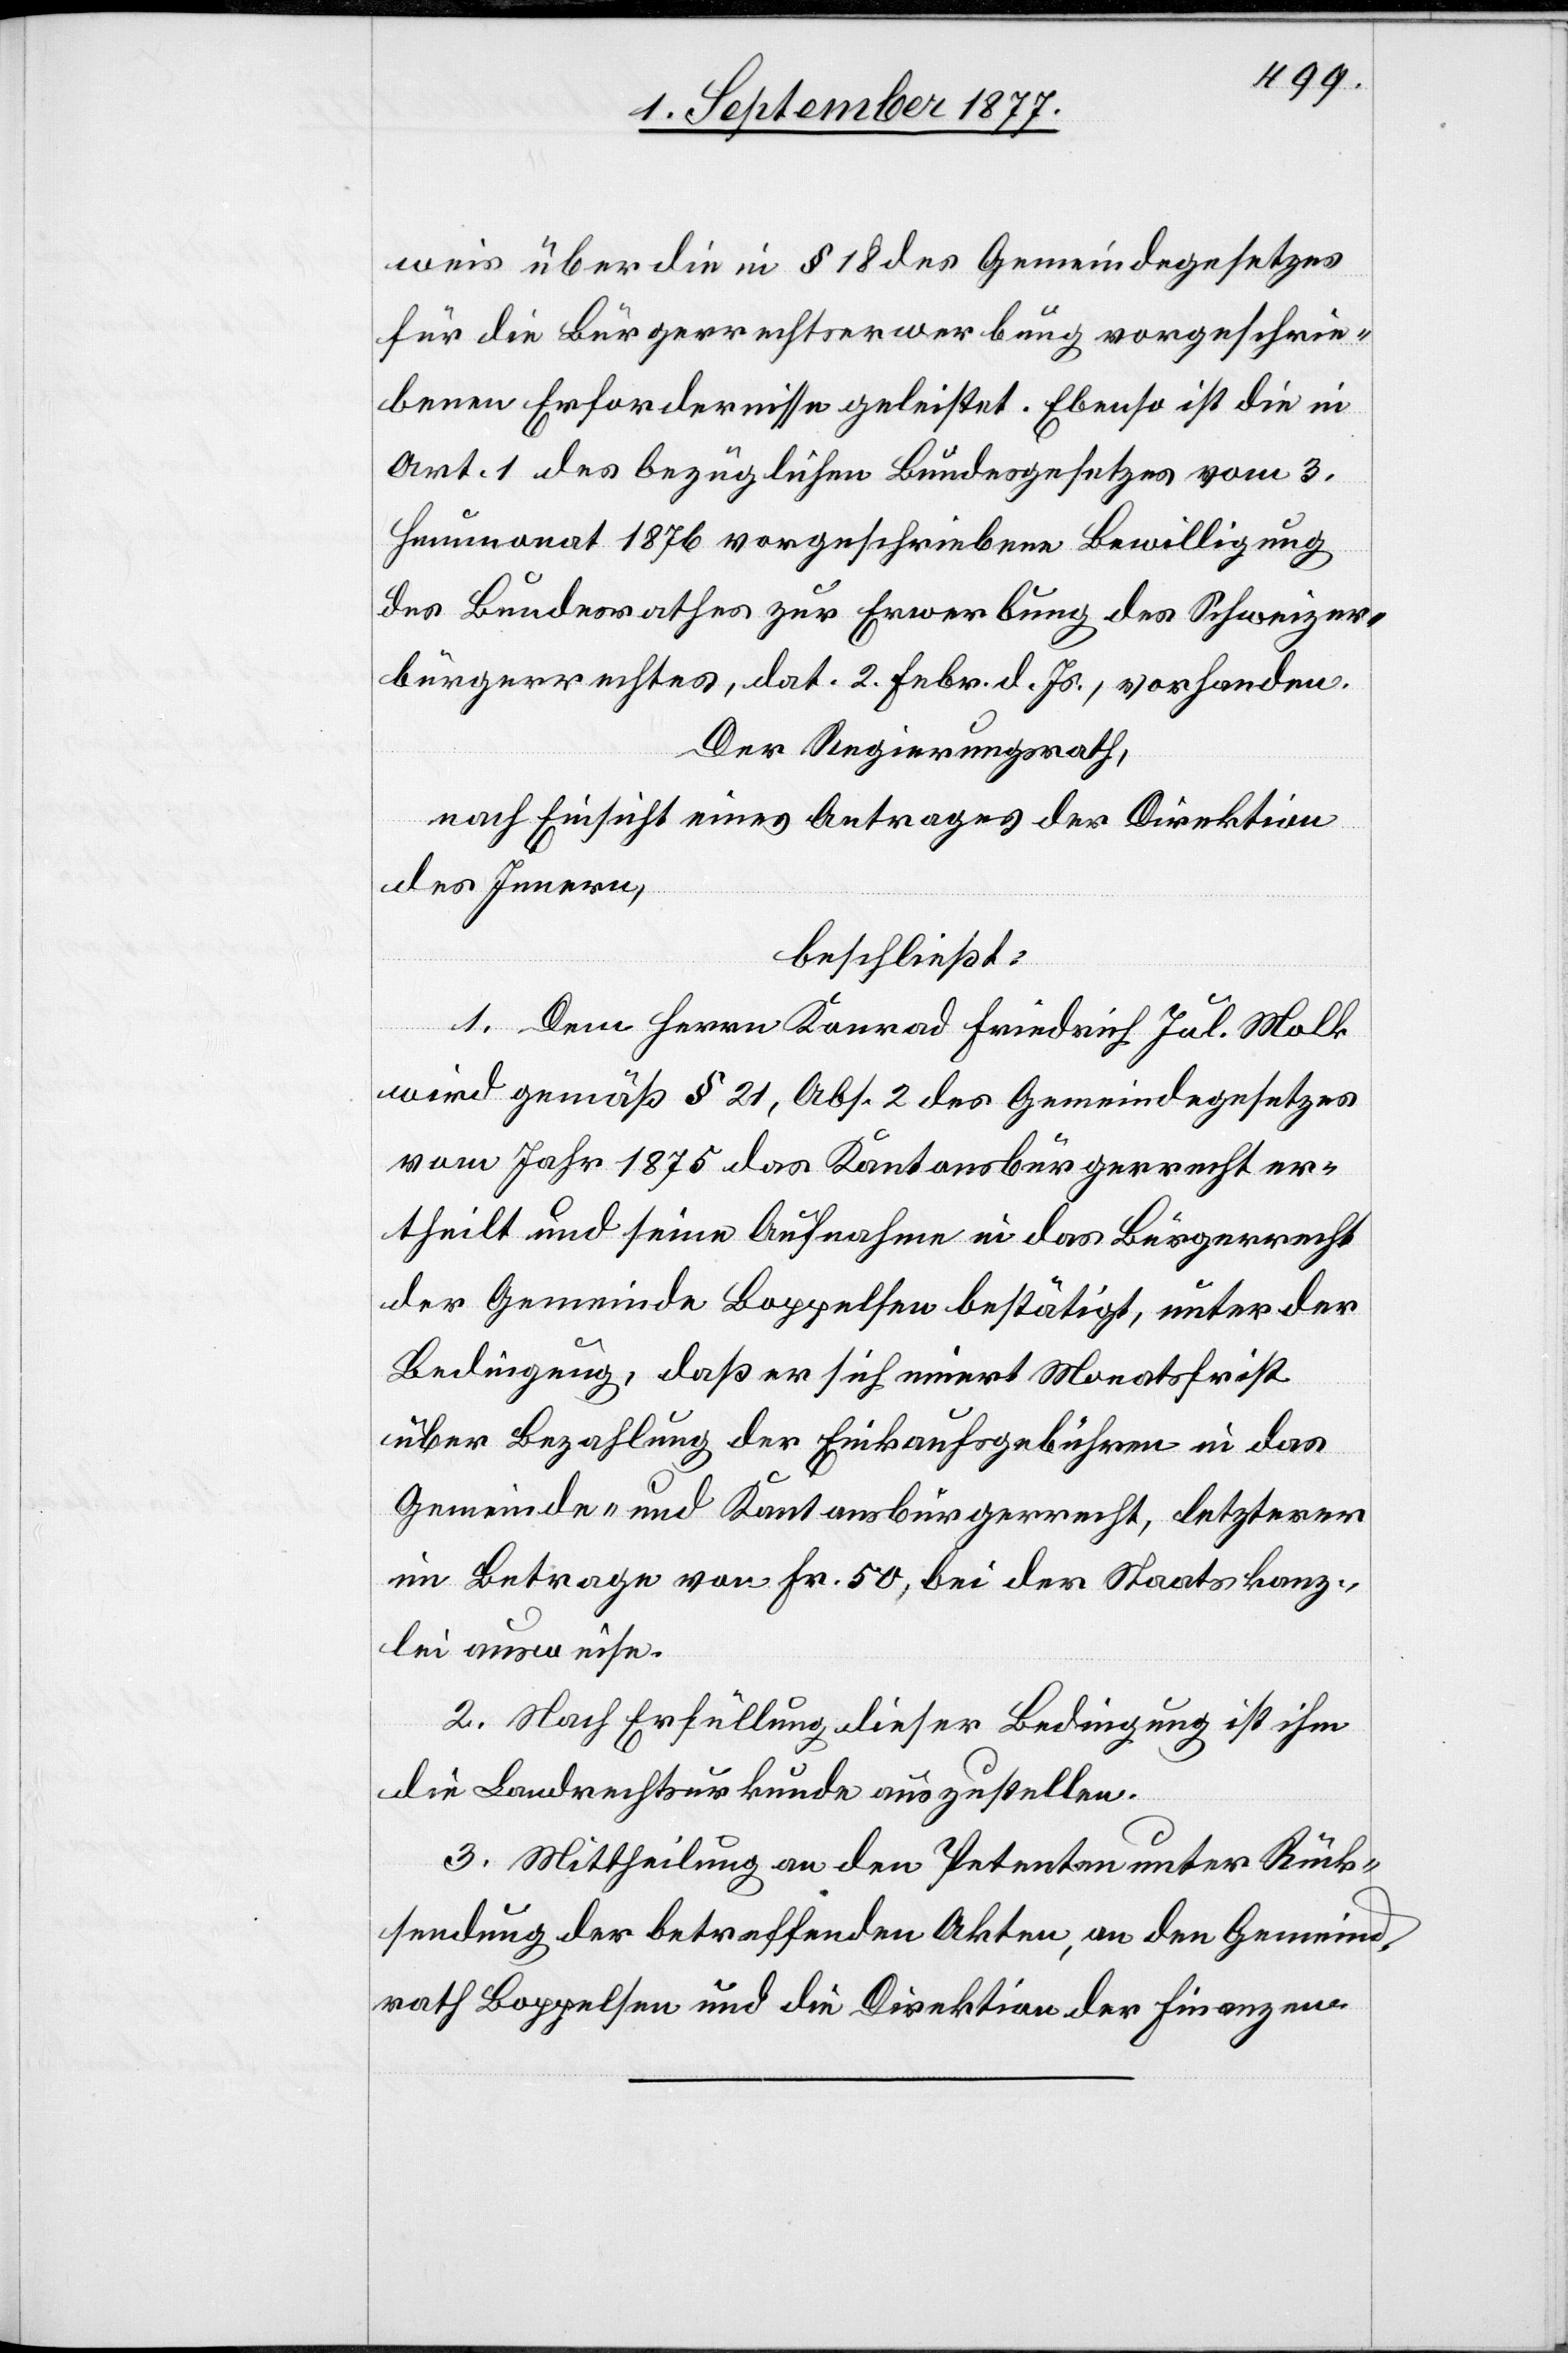
weis über die in § 18 des Gemeindegesetzes
für die Bürgerrechtserwerbung vorgeschrie¬
benen Erfordernisse geleistet. Ebenso ist die in
Art. 1 des bezüglichen Bundesgesetzes vom 3.
Heumonat 1876 vorgeschriebene Bewilligung
des Bundesrathes zur Erwerbung des Schweizer¬
bürgerrechtes, dat. 2. Febr. d. Js., vorhanden.
Der Regierungsrath,
nach Einsicht eines Antrages der Direktion
des Innern,
beschließt:
1. Dem Herrn Konrad Friedrich Jul. Molk
wird gemäß § 21, Abs. 2 des Gemeindegesetzes
vom Jahr 1875 das Kantonsbürgerrecht er¬
theilt und seine Aufnahme in das Bürgerrecht
der Gemeinde Boppelsen bestätigt, unter der
Bedingung, daß er sich innert Monatsfrist
über Bezahlung der Einkaufsgebühren in das
Gemeinde- und Kantonsbürgerrecht, letzterer
im Betrage von Fr. 50, bei der Staatskanz¬
lei ausweise.
2. Nach Erfüllung dieser Bedingung ist ihm
die Landrechtsurkunde auszustellen.
3. Mittheilung an den Petenten unter Rück¬
sendung der betreffenden Akten, an den Gemeind¬
rath Boppelsen und die Direktion der Finanzen.